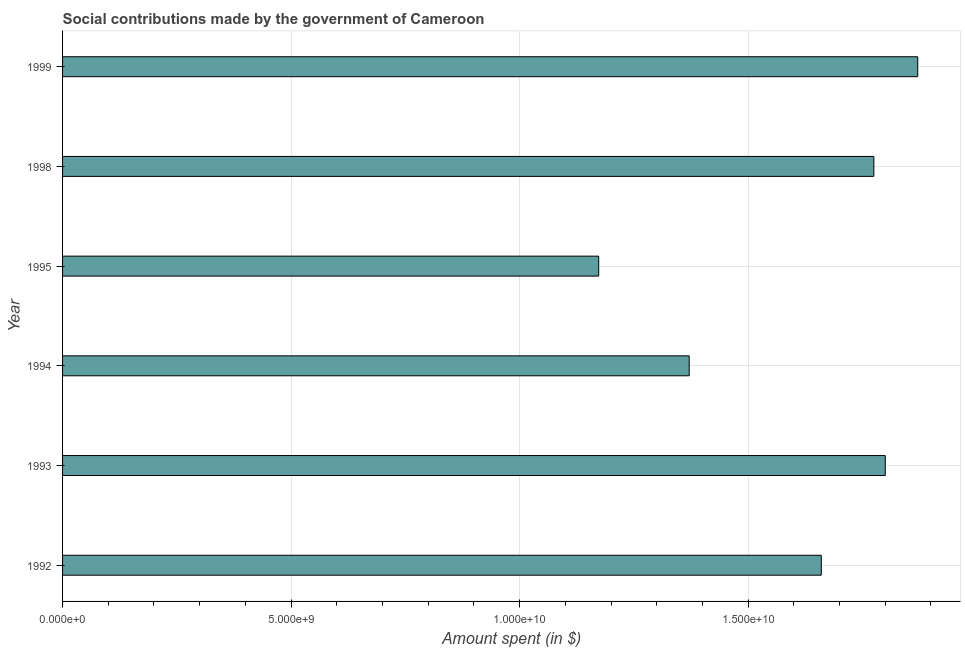
| Year | Social contributions |
 | --- | --- |
 | 1992 | 1.66e+10 |
 | 1993 | 1.8e+10 |
 | 1994 | 1.37e+10 |
 | 1995 | 1.17e+10 |
 | 1998 | 1.78e+10 |
 | 1999 | 1.87e+10 |